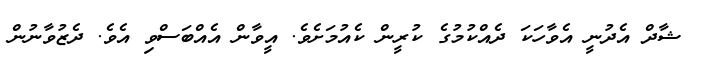
ޝާދް އެދުނީ އެވާހަކަ ދެއްކުމުގެ ކުރީން ކެއުމަށެވެ. އީވާން އެއްބަސްވި އެވެ. ދެޒުވާނުން